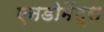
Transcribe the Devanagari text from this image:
एनडोमेंट्स